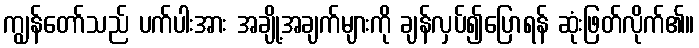
ကျွန်တော်သည် ပက်ပါးအား အချို့အချက်များကို ချန်လှပ်၍ပြောရန် ဆုံးဖြတ်လိုက်၏။